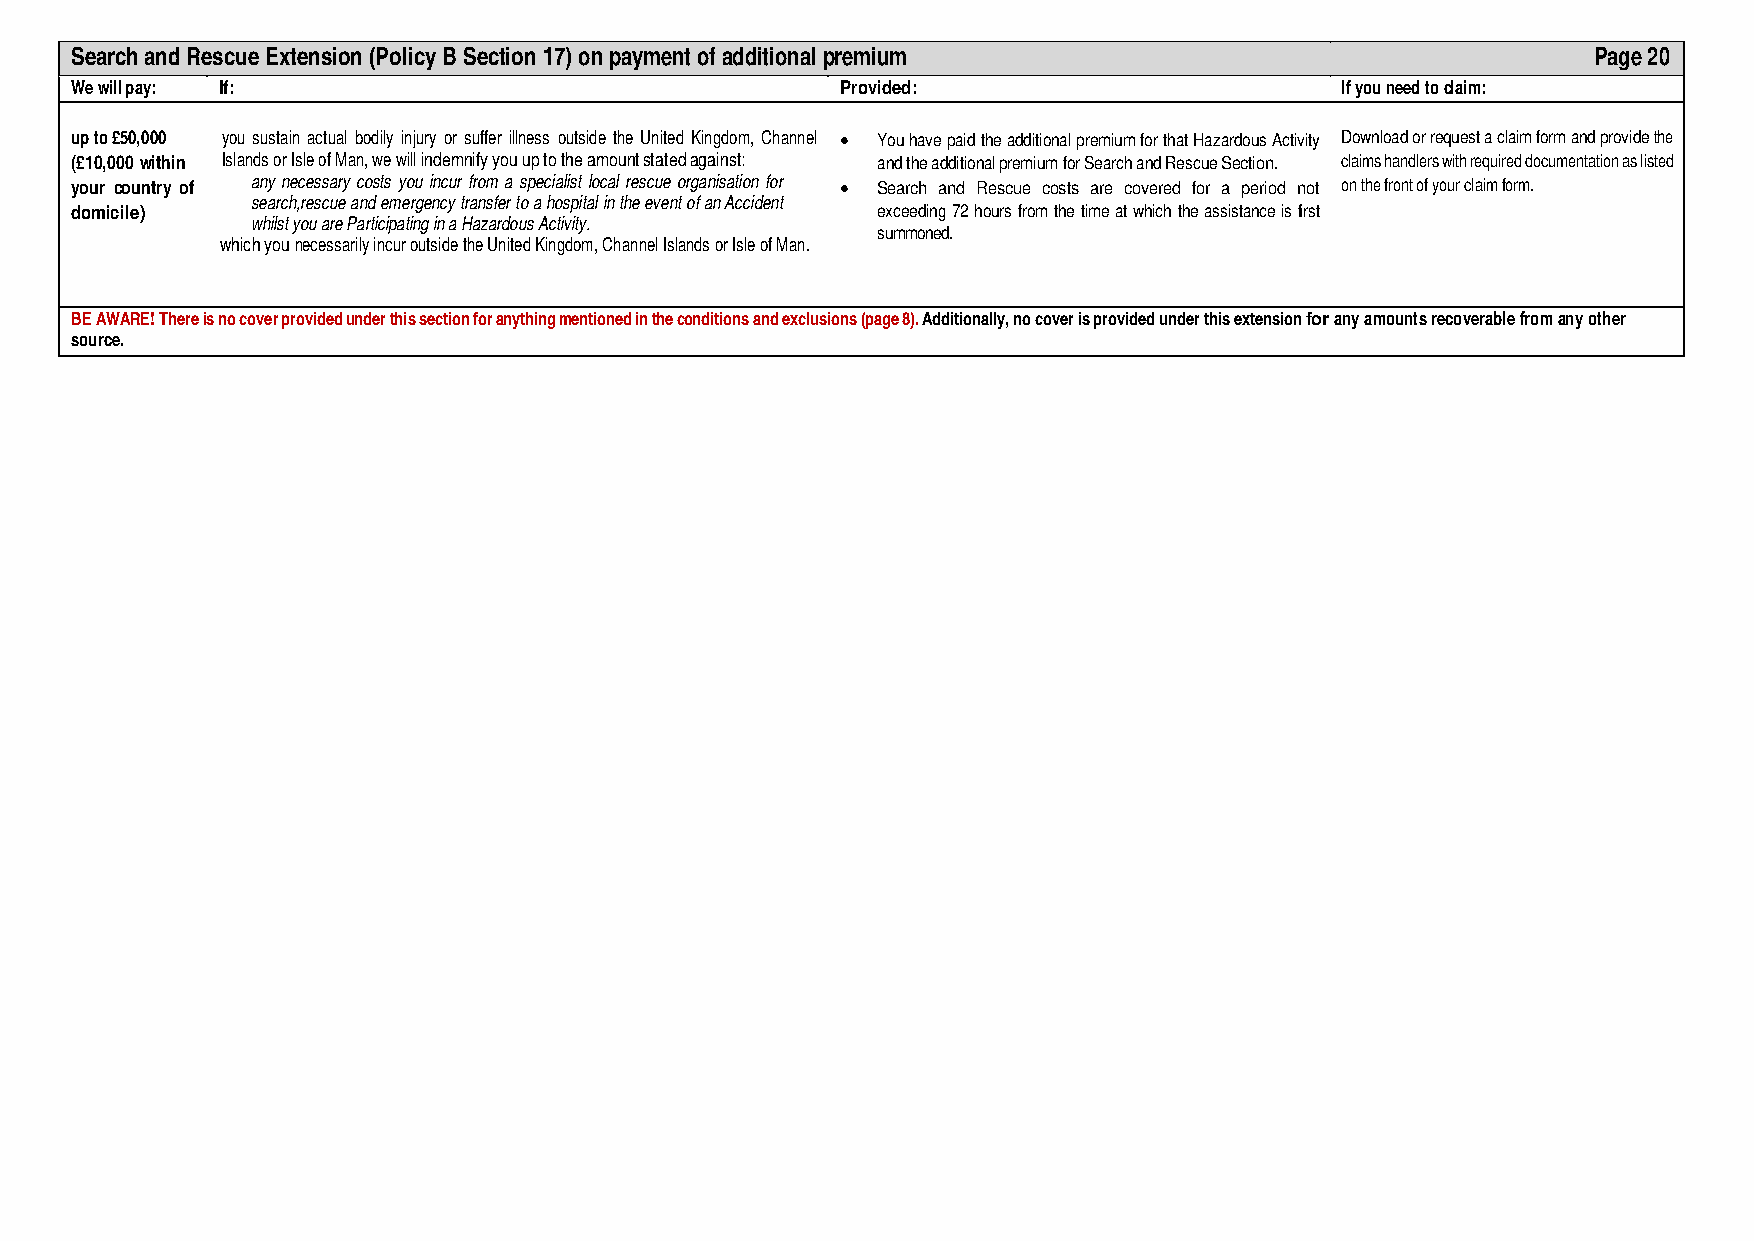
Search and Rescue Extension (Policy B Section 17) on payment of additional premium                   Page 20
 We will pay: If:                                   Provided:                        If you need to claim:
 up to £50,000 you sustain actual bodily injury or suffer illness outside the United Kingdom, Channel • You have paid the additional premium for that Hazardous Activity Download or request a claim form and provide the
 (£10,000 within Islands or Isle of Man, we will indemnify you up to the amount stated against: and the additional premium for Search and Rescue Section. claims handlers with required documentation as listed
 your country of any necessary costs you incur from a specialist local rescue organisation for • Search and Rescue costs are covered for a period not on the front of your claim form.
 search, rescue and emergency transfer to a hospital in the event of an Accident
 domicile)                                            exceeding 72 hours from the time at which the assistance is first
 whilst you are Participating in a Hazardous Activity.
 summoned.
 which you necessarily incur outside the United Kingdom, Channel Islands or Isle of Man.
 BE AWARE! There is no cover provided under this section for anything mentioned in the conditions and exclusions (page 8). Additionally, no cover is provided under this extension for any amounts recoverable from any other
 source.